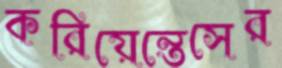
করিয়েন্তেসের